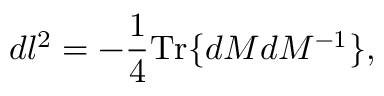
d l ^ { 2 } = - \frac { 1 } { 4 } \mathrm { T r } \{ d { \cal M } d { \cal M } ^ { - 1 } \} ,